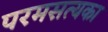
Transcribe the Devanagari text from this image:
परमसत्यका